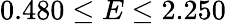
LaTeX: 0.480\leq E\leq 2.250